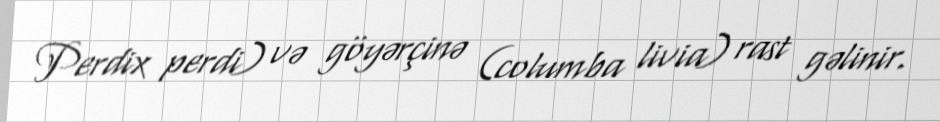
Perdix perdi) və göyərçinə (columba livia) rast gəlinir.